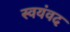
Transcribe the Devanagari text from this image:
स्वयंवद